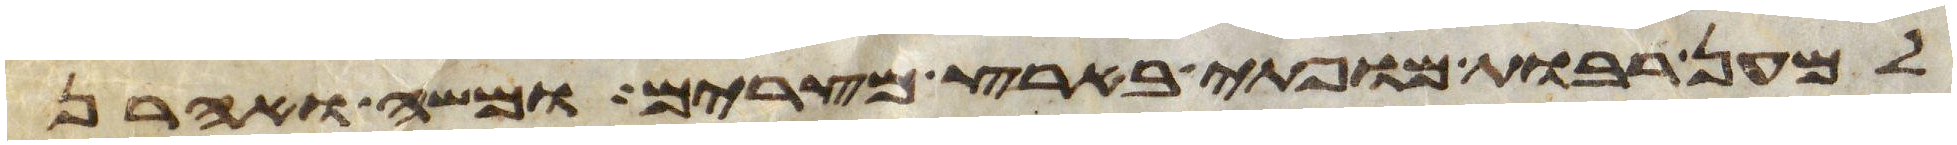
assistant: למען רבות מופתי בארץ מצרים ומשה ואהרן